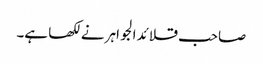
صاحب قلائد الجواہر نے لکھا ہے۔